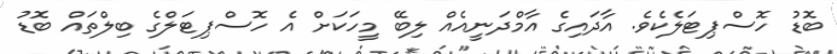
ބޮޑު ހޮސްޕިޓަލެކެވެ. އާދައިގެ އާމްދަނީއެއް ލިބޭ މީހަކަށް އެ ހޮސްޕިޓަލްގެ ބިލްތައް ބޮޑު